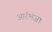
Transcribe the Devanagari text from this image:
आरंभजा